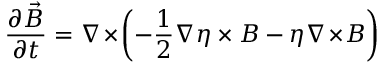
\frac { \partial \vec { B } } { \partial t } = \nabla \! \times \! \left( - \frac { 1 } { 2 } \nabla \eta \times \boldsymbol { B } - \eta \nabla \! \times \! \boldsymbol { B } \right)